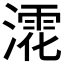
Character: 𣾳